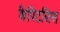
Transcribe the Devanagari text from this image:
कैपिटलिस